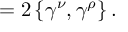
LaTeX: = 2 \left\{ \gamma ^ { \nu } , \gamma ^ { \rho } \right\} .